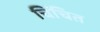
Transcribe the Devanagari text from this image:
चिंचित